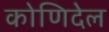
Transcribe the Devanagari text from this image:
कोणिदेल